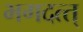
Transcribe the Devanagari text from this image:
भगदत्त्